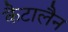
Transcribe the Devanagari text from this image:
कैटालैन